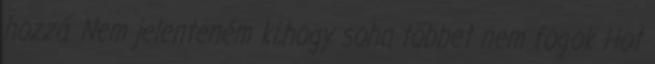
hozzá. Nem jelenteném ki,hogy soha többet nem fogok Hot